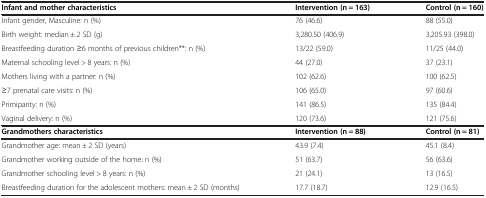
<table><thead><tr><td><b>Infant and mother characteristics</b></td><td><b>Intervention (n = 163)</b></td><td><b>Control (n = 160)</b></td></tr></thead><tbody><tr><td>Infant gender, Masculine: n (%)</td><td>76 (46.6)</td><td>88 (55.0)</td></tr><tr><td>Birth weight: median ± 2 SD (g)</td><td>3,280.50 (406.9)</td><td>3,205.93 (398.0)</td></tr><tr><td>Breastfeeding duration ≥6 months of previous children**: n (%)</td><td>13/22 (59.0)</td><td>11/25 (44.0)</td></tr><tr><td>Maternal schooling level &gt; 8 years: n (%)</td><td>44 (27.0)</td><td>37 (23.1)</td></tr><tr><td>Mothers living with a partner: n (%)</td><td>102 (62.6)</td><td>100 (62.5)</td></tr><tr><td>≥7 prenatal care visits: n (%)</td><td>106 (65.0)</td><td>97 (60.6)</td></tr><tr><td>Primiparity: n (%)</td><td>141 (86.5)</td><td>135 (84.4)</td></tr><tr><td>Vaginal delivery: n (%)</td><td>120 (73.6)</td><td>121 (75.6)</td></tr><tr><td><b>Grandmothers characteristics</b></td><td><b>Intervention</b><b>(n = 88)</b></td><td><b>Control</b><b>(n = 81)</b></td></tr><tr><td>Grandmother age: mean ± 2 SD (years)</td><td>43.9 (7.4)</td><td>45.1 (8.4)</td></tr><tr><td>Grandmother working outside of the home: n (%)</td><td>51 (63.7)</td><td>56 (63.6)</td></tr><tr><td>Grandmother schooling level &gt; 8 years: n (%)</td><td>21 (24.1)</td><td>13 (16.5)</td></tr><tr><td>Breastfeeding duration for the adolescent mothers: mean ± 2 SD (months)</td><td>17.7 (18.7)</td><td>12.9 (16.5)</td></tr></tbody></table>